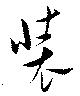
裝